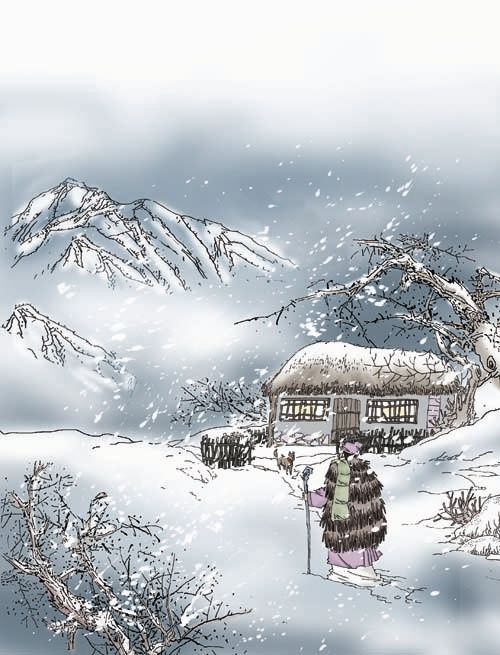
日暮苍山远，天寒白屋贫。